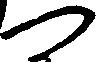
つ